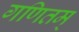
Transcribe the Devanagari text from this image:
गणितम्